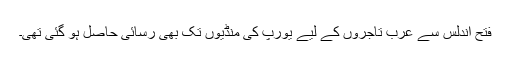
فتح اندلس سے عرب تاجروں کے لیے یورپ کی منڈیوں تک بھی رسائی حاصل ہو گئی تھی۔